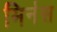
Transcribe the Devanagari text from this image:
मिर्नस